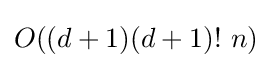
O((d+1)(d+1)!\ n)